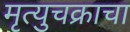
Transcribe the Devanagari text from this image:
मृत्युचक्राचा